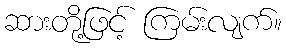
ဆားတို့ဖြင့် ကြမ်းလျက်။